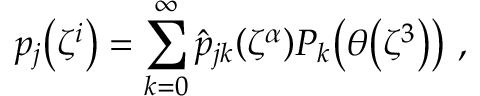
p _ { j } \mathopen { } \mathclose \bgroup \left( \zeta ^ { i } \aftergroup \egroup \right) = \sum _ { k = 0 } ^ { \infty } \hat { p } _ { j k } \mathopen { } \mathclose \bgroup \left( \zeta ^ { \alpha } \aftergroup \egroup \right) P _ { k } \mathopen { } \mathclose \bgroup \left( \theta \mathopen { } \mathclose \bgroup \left( \zeta ^ { 3 } \aftergroup \egroup \right) \aftergroup \egroup \right) ~ ,